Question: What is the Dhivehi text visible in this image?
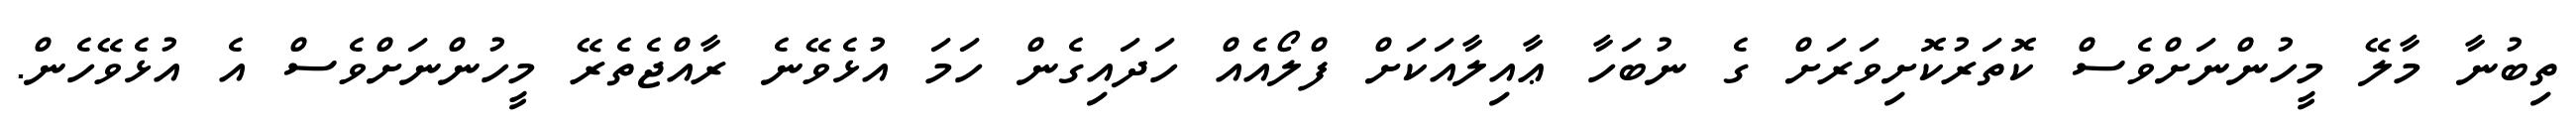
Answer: ތިބުނާ މާލޭ މީހުންނަށްވެސް ކޮތަރުކޮށިވަރަށް ގެ ނުބަހާ ޢާއިލާއަކަށް ފްލޯއެއް ހަދައިގެން ހަމަ އުޅެވޭނެ ރާއްޖެތެރޭ މީހުންނަށްވެސް އެ އުޅެވޭހެން.